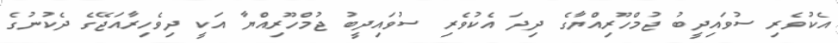
އެކުވެރި ސުވައިދީބު ޖުމްހޫރިއްޔާގެ ދިދަ އެކުވެރި ސުވައިދީބު ޖުމްހޫރިއްޔާ އަކީ ދިވެހިރާއަޖޭގެ ދެކުނުގެ